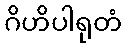
ဂိဟိပါရုတံ